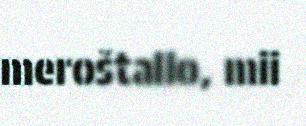
meroštallo, mii